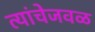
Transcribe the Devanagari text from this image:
त्यांचेजवळ